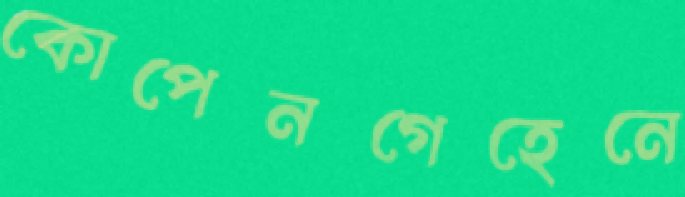
কোপেনগেহেনে